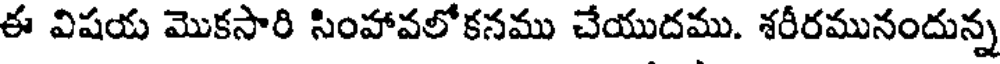
ఈ విషయ మొకసారి సింహావలోకనము చేయుదము. శరీరమునందున్న